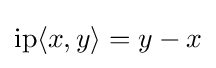
\operatorname {ip} \langle x,y\rangle =y-x